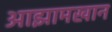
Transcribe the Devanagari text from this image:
आझामखान